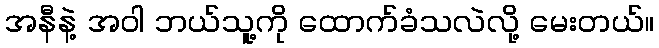
အနီနဲ့ အဝါ ဘယ်သူ့ကို ထောက်ခံသလဲလို့ မေးတယ်။